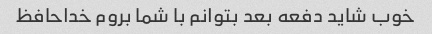
خوب شاید دفعه بعد بتوانم با شما بروم خداحافظ